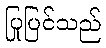
ပြုပြင်သည်